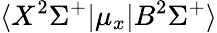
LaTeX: \langle X^{2}\Sigma^{+}|\mu_{x}|B^{2}\Sigma^{+}\rangle